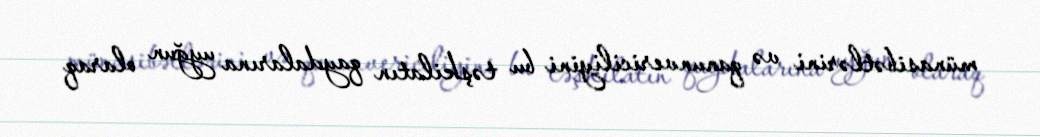
münasibətlərini və qanunvericiliyini bu təşkilatın qaydalarına uyğun olaraq